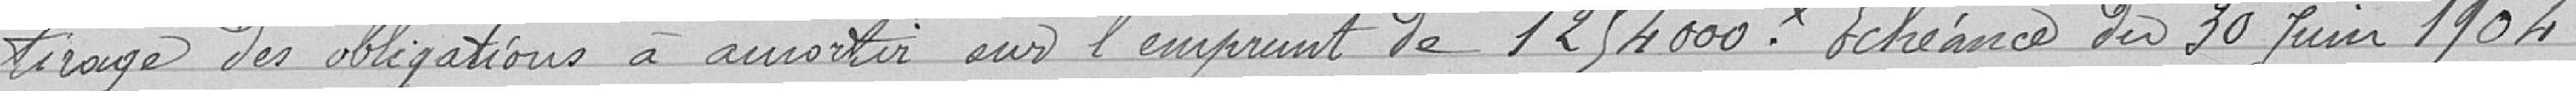
tirage des obligations à amortir sur l'emprunt de 1254000. Échéance du 30 juin1904.